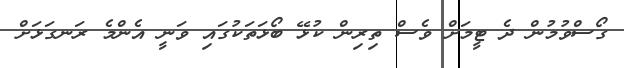
ގޯސްވުމުން ދެ ޓީމަށް ވެސް ތިރިން ކުޅޭ ބޯޅަތަކުގައި ވަނީ އެންމެ ރަނގަޅަށް